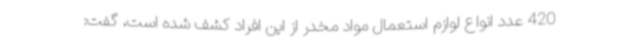
420 عدد انواع لوازم استعمال مواد مخدر از این افراد کشف شده است، گفت: